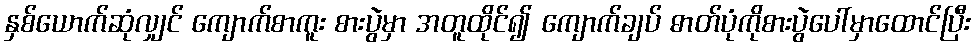
နှစ်ယောက်ဆုံလျှင် ကျောက်စာကူး စားပွဲမှာ အတူထိုင်၍ ကျောက်ချပ် ဓာတ်ပုံကိုစားပွဲပေါ်မှာထောင်ပြီး